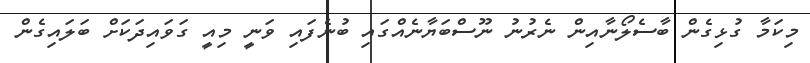
މިކަމާ ގުޅިގެން ބާސެލޯނާއިން ނެރުނު ނޫސްބަޔާނެއްގައި ބުނެފައި ވަނީ މިއީ ގަވައިދަކަށް ބަލައިގެން